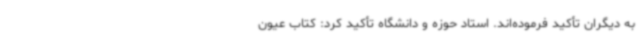
به دیگران تأکید فرموده‌اند. استاد حوزه و دانشگاه تأکید کرد: کتاب عیون